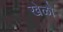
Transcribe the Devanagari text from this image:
खेळो